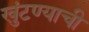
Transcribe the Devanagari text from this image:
खुंटण्याची